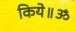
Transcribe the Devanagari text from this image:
किये॥ॐ